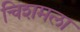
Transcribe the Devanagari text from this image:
चिशमला